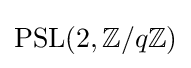
\operatorname {PSL} (2,\mathbb {Z} /q\mathbb {Z} )